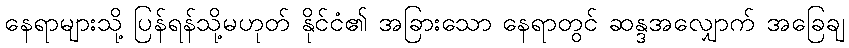
နေရာများသို့ ပြန်ရန်သို့မဟုတ် နိုင်ငံ၏ အခြားသော နေရာတွင် ဆန္ဒအလျှောက် အခြေချ